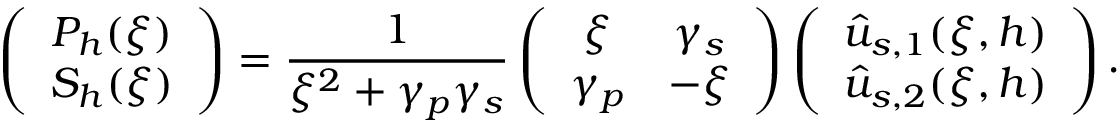
\left( \begin{array} { c c } { P _ { h } ( \xi ) } \\ { S _ { h } ( \xi ) } \end{array} \right) = \frac { 1 } { \xi ^ { 2 } + \gamma _ { p } \gamma _ { s } } \left( \begin{array} { c c } { \xi } & { \gamma _ { s } } \\ { \gamma _ { p } } & { - \xi } \end{array} \right) \left( \begin{array} { c c } { \hat { u } _ { s , 1 } ( \xi , h ) } \\ { \hat { u } _ { s , 2 } ( \xi , h ) } \end{array} \right) .